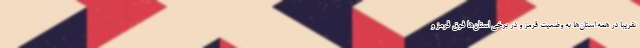
تقریبا در همه استان‌ها به وضعیت قرمز و در برخی استان‌ها فوق قرمز و